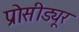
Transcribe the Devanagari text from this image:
प्रोसीड्यूर